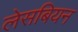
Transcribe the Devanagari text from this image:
लेसबियन